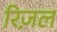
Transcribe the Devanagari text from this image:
रिज़ल